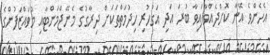
އެހެންވެ އޭނާ ކޮށްދެއްވާފައިވާ ބުރަ އަދި އަގުހުރި ހިދުމަތްތަކަށް ދިރާގުގެ މެނޭޖްމަންޓާއި މުވައްޒަފުންގެ